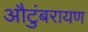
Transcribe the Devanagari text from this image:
औटुंबरायण